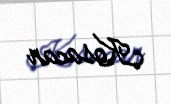
Kosacan